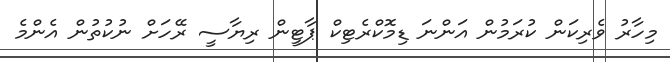
މިހާރު ވެެރިކަން ކުރަމުން އަންނަ ޑިމޮކްރެޓިކް ޕާޓީން ރިޔާސީ ރޭހަށް ނުކުތުން އެންމެ